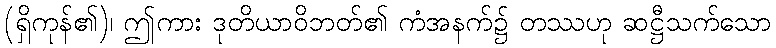
(ရှိကုန်၏)၊ ဤကား ဒုတိယာဝိဘတ်၏ ကံအနက်၌ တဿဟု ဆဋ္ဌီသက်သော